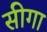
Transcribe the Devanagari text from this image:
सीगा